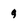
Character: q